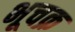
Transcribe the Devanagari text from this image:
भूचक्र